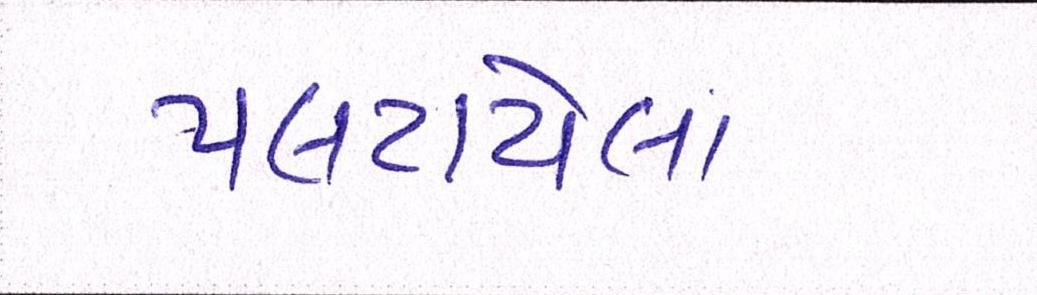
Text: પલટાયેલા